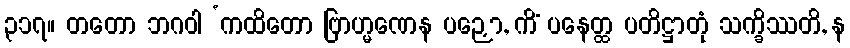
၃၁၇။ တတော ဘဂဝါ ‘ကထိတော ဗြာဟ္မဏေန ပဉှော, ကိံ ပနေတ္ထ ပတိဋ္ဌာတုံ သက္ခိဿတိ, န